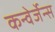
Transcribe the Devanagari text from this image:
कन्वेर्जेन्स